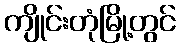
ကျိုင်းတုံမြို့တွင်